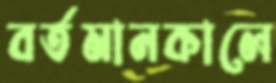
বর্তমানকালে